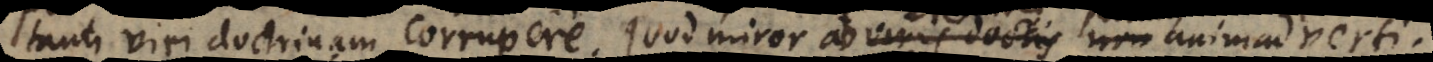
tanti viri doctrinam corrupere, quod miror ab viris doctis non eruditis